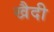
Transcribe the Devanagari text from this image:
खैदी